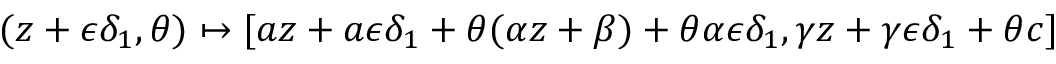
( z + \epsilon \delta _ { 1 } , \theta ) \mapsto [ a z + a \epsilon \delta _ { 1 } + \theta ( \alpha z + \beta ) + \theta \alpha \epsilon \delta _ { 1 } , \gamma z + \gamma \epsilon \delta _ { 1 } + \theta c ]